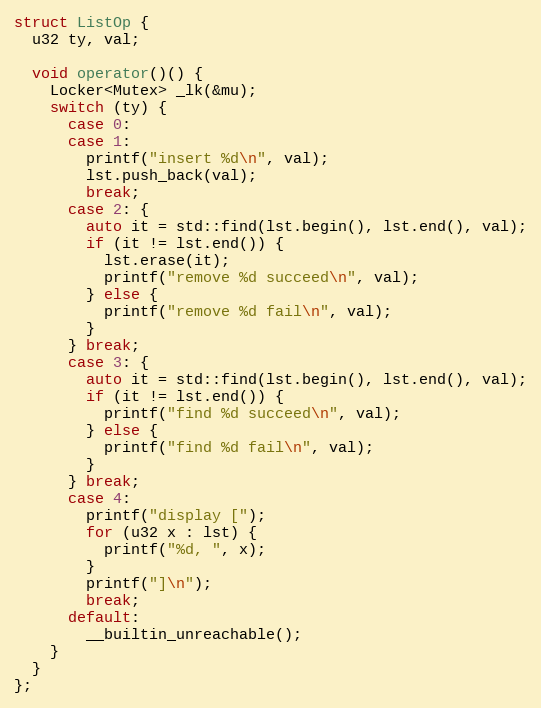
Language: C++
struct ListOp {
  u32 ty, val;

  void operator()() {
    Locker<Mutex> _lk(&mu);
    switch (ty) {
      case 0:
      case 1:
        printf("insert %d\n", val);
        lst.push_back(val);
        break;
      case 2: {
        auto it = std::find(lst.begin(), lst.end(), val);
        if (it != lst.end()) {
          lst.erase(it);
          printf("remove %d succeed\n", val);
        } else {
          printf("remove %d fail\n", val);
        }
      } break;
      case 3: {
        auto it = std::find(lst.begin(), lst.end(), val);
        if (it != lst.end()) {
          printf("find %d succeed\n", val);
        } else {
          printf("find %d fail\n", val);
        }
      } break;
      case 4:
        printf("display [");
        for (u32 x : lst) {
          printf("%d, ", x);
        }
        printf("]\n");
        break;
      default:
        __builtin_unreachable();
    }
  }
};